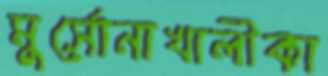
মুর্সোনাখালীকা